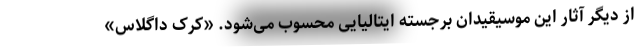
از دیگر آثار این موسیقیدان برجسته ایتالیایی محسوب می‌شود. «کرک داگلاس»